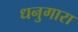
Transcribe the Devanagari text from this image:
धनुगारा